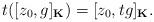
LaTeX: \begin{align*}t([z_0,g]_{\mathbf{K}})=[z_0,tg]_{\mathbf{K}}.\end{align*}